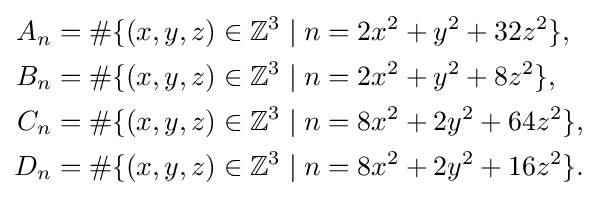
{\begin{aligned}A_{n}&=\#\{(x,y,z)\in \mathbb {Z} ^{3}\mid n=2x^{2}+y^{2}+32z^{2}\},\\B_{n}&=\#\{(x,y,z)\in \mathbb {Z} ^{3}\mid n=2x^{2}+y^{2}+8z^{2}\},\\C_{n}&=\#\{(x,y,z)\in \mathbb {Z} ^{3}\mid n=8x^{2}+2y^{2}+64z^{2}\},\\D_{n}&=\#\{(x,y,z)\in \mathbb {Z} ^{3}\mid n=8x^{2}+2y^{2}+16z^{2}\}.\end{aligned}}